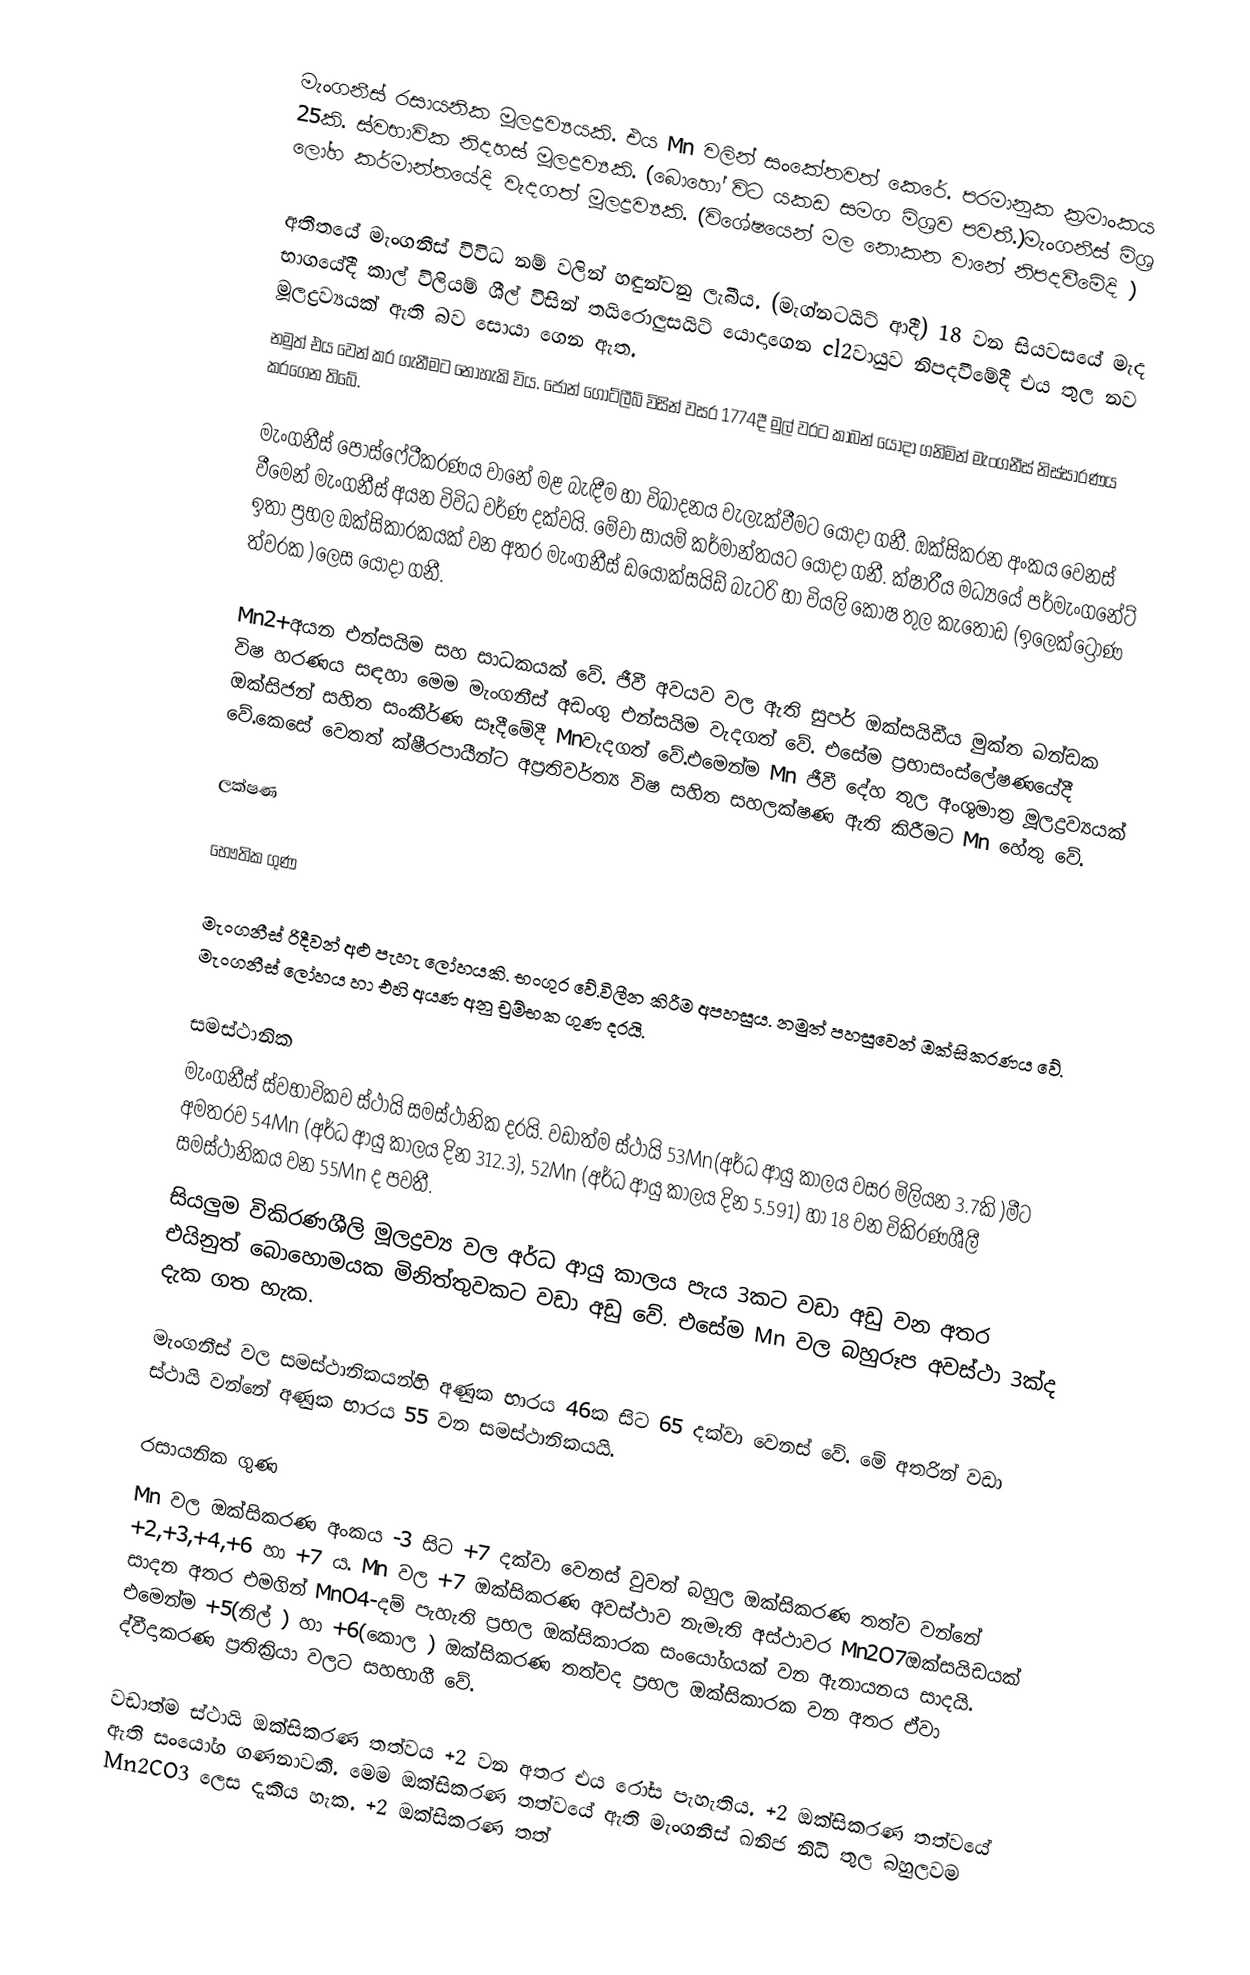
මැංගනීස් රසායනික මූලද්‍රව්‍යයකි. එය Mn වලින් සංකේතවත් කෙරේ. පරමානුක ක්‍රමාංකය 25කි. ස්වභාවික නිදහස් මූලද්‍රව්‍යකි. (බොහෝ විට යකඩ සමග මිශ්‍රව පවතී.)මැංගනීස් මිශ්‍ර ලෝහ කර්මාන්තයේදි වැදගත් මූලද්‍රව්‍යකි. (විශේෂයෙන් මල නොකන වානේ නිපදවීමේදි )

අතීතයේ මැංගනීස් විවිධ නම් වලින් හඳුන්වනු ලැබීය. (මැග්නටයිට් ආදී) 18 වන සියවසයේ මැද භාගයේදී කාල් විලියම් ශීල් විසින් තයිරොලුසයිට් යොදාගෙන cl2වායුව නිපදවීමේදී එය තුල නව මූලද්‍රව්‍යයක් ඇති බව සොයා ගෙන ඇත.
නමුත් එය වෙන් කර ගැනීමට නොහැකි විය. ජෝන් ගොට්ලීබ් විසින් වසර 1774දී මුල් වරට කාබන් යොදා ගනිමින් මැංගනීස් නිස්සාරණය කරගෙන තිබේ.

මැංගනීස් පොස්ෆේටීකරණය වානේ මළ බැඳීම හා විඛාදනය වැලැක්වීමට යොදා ගනී. ඔක්සිකරන අංකය වෙනස් වීමෙන් මැංගනීස් අයන විවිධ වර්ණ දක්වයි. මේවා සායම් කර්මාන්තයට යොදා ගනී. ක්ෂාරීය මධ්‍යයේ පර්මැංගනේට් ඉතා ප්‍රභල ඔක්සිකාරකයක් වන අතර මැංගනීස් ඩයොක්සයිඩ් බැටරි හා වියලි කෝෂ තුල කැතෝඩ (ඉලෙක්ට්‍රෝණ ත්වරක )ලෙස යොදා ගනී.

Mn2+අයන එන්සයිම සහ සාධකයක් වේ. ජීවී අවයව වල ඇති සුපර් ඔක්සයිඩීය මුක්ත ඛන්ඩක විෂ හරණය සඳහා මෙම මැංගනීස් අඩංගු එන්සයිම වැදගත් වේ. එසේම ප්‍රභාසංස්ලේෂණයේදී ඔක්සිජන් සහිත සංකීර්ණ සෑදීමේදී Mnවැදගත් වේ.එමෙන්ම Mn ජීවී දේහ තුල අංශුමාත්‍ර මූලද්‍රව්‍යයක් වේ.කෙසේ වෙතත්  ක්ෂීරපායීන්ට අප්‍රතිවර්ත්‍ය විෂ සහිත සහලක්ෂණ ඇති කිරීමට Mn හේතු වේ.

ලක්ෂණ

භෞතික ගුණ

මැංගනීස් රිදීවන් අළු පැහැ ලෝහයකි. භංගුර වේ.විලීන කිරීම අපහසුය. නමුත් පහසුවෙන් ඔක්සිකරණය වේ. මැංගනීස් ලෝහය හා එහි අයණ අනු චුම්භක ගුණ දරයි.

සමස්ථානික
මැංගනීස් ස්වභාවිකව ස්ථායි සමස්ථානික දරයි. වඩාත්ම ස්ථායි  53Mn(අර්ධ ආයු කාලය වසර මිලියන 3.7කි )මීට අමතරව  54Mn (අර්ධ ආයු කාලය දින 312.3), 52Mn  (අර්ධ ආයු කාලය දින 5.591) හා 18 වන විකිරණශීලී සමස්ථානිකය වන 55Mn ද පවතී.
සියලුම විකිරණශීලි මූලද්‍රව්‍ය වල අර්ධ ආයු කාලය පැය 3කට වඩා අඩු වන අතර එයිනුත් බොහොමයක මිනිත්තුවකට වඩා අඩු වේ. එසේම Mn  වල බහුරූප අවස්ථා 3ක්ද දැක ගත හැක.

මැංගනීස් වල සමස්ථානිකයන්හි අණුක භාරය 46ක සිට 65 දක්වා වෙනස් වේ. මේ අතරින් වඩා ස්ථායි වන්නේ අණුක භාරය 55 වන සමස්ථානිකයයි.

රසායනික ගුණ
Mn වල ඔක්සිකරණ අංකය -3 සිට +7 දක්වා වෙනස් වුවත් බහුල ඔක්සිකරණ තත්ව වන්නේ +2,+3,+4,+6 හා +7 ය. Mn වල +7 ඔක්සිකරණ අවස්ථාව නැමැති අස්ථාවර Mn2O7ඔක්සයිඩයක් සාදන අතර එමගින් MnO4-දම් පැහැති ප්‍රභල ඔක්සිකාරක සංයෝගයක් වන ඇනායනය සාදයි. එමෙන්ම +5(නිල් ) හා +6(කොල ) ඔක්සිකරණ තත්වද ප්‍රභල ඔක්සිකාරක වන අතර ඒවා ද්වීදාකරණ ප්‍රතික්‍රියා වලට සහභාගී වේ.

වඩාත්ම ස්ථායි ඔක්සිකරණ තත්වය +2 වන අතර එය රෝස පැහැතිය. +2 ඔක්සිකරණ තත්වයේ ඇති සංයෝග ගණනාවකි. මෙම ඔක්සිකරණ තත්වයේ ඇති මැංගනීස් ඛනිජ නිධි තුල බහුලවම Mn2CO3 ලෙස දැකිය හැක. +2 ඔක්සිකරණ තත්